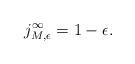
LaTeX: \begin{align*} j_{M,\epsilon}^\infty=1-\epsilon. \end{align*}